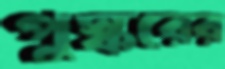
পুস্করের